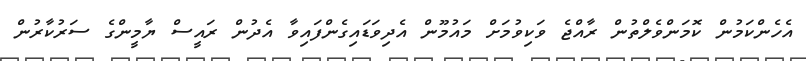
އެހެންކަމުން ކޮމަންވެލްތުން ރާއްޖެ ވަކިވުމަށް މައުމޫން އެދިވަޑައިގެންފައިވާ އެދުން ރައީސް ޔާމީންގެ ސަރުކާރުން